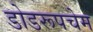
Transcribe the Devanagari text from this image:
डोडरूपचेम